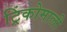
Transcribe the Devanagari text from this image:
ट्रिंकोमाली